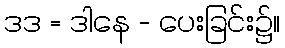
ဒဒ = ဒါနေ - ပေးခြင်း၌။